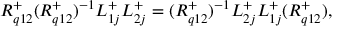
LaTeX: { R } _ { q 1 2 } ^ { + } ( { R } _ { q 1 2 } ^ { + } ) ^ { - 1 } L _ { 1 j } ^ { + } L _ { 2 j } ^ { + } = ( { R } _ { q 1 2 } ^ { + } ) ^ { - 1 } L _ { 2 j } ^ { + } L _ { 1 j } ^ { + } ( { R } _ { q 1 2 } ^ { + } ) ,